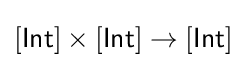
[{\mathsf {Int}}]\times [{\mathsf {Int}}]\to [{\mathsf {Int}}]